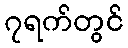
၇ရက်တွင်